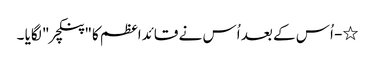
٭- اُس کے بعد اُس نے قائداعظم کا"پنکچر " لگایا ۔